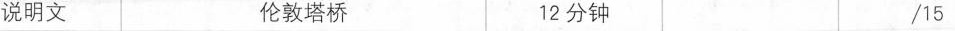
说明文 伦敦塔桥 12 分钟 /15